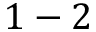
1 - 2